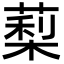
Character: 䔧